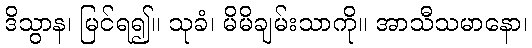
ဒိသွာန၊ မြင်ရ၍။ သုခံ၊ မိမိချမ်းသာကို။ အာသီသမာနော၊